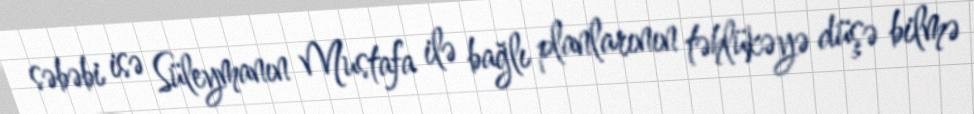
səbəbi isə Süleymanın Mustafa ilə bağlı planlarının təhlükəyə düşə bilmə